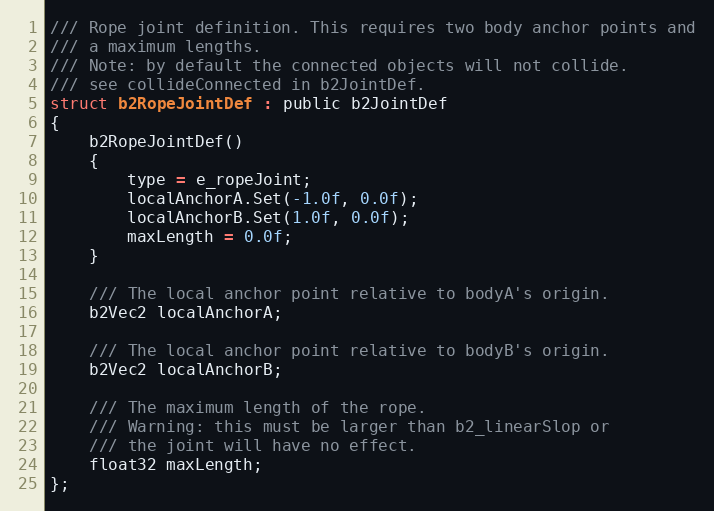
Language: C
/// Rope joint definition. This requires two body anchor points and
/// a maximum lengths.
/// Note: by default the connected objects will not collide.
/// see collideConnected in b2JointDef.
struct b2RopeJointDef : public b2JointDef
{
	b2RopeJointDef()
	{
		type = e_ropeJoint;
		localAnchorA.Set(-1.0f, 0.0f);
		localAnchorB.Set(1.0f, 0.0f);
		maxLength = 0.0f;
	}

	/// The local anchor point relative to bodyA's origin.
	b2Vec2 localAnchorA;

	/// The local anchor point relative to bodyB's origin.
	b2Vec2 localAnchorB;

	/// The maximum length of the rope.
	/// Warning: this must be larger than b2_linearSlop or
	/// the joint will have no effect.
	float32 maxLength;
};